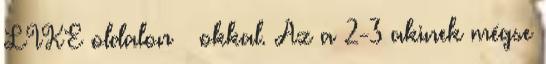
LIKE oldalon – okkal. Az a 2-3 akinek mégse